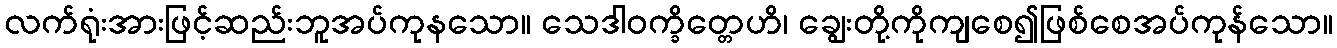
လက်ရုံးအားဖြင့်ဆည်းဘူအပ်ကုနသော။ သေဒါဝက္ခိတ္တေဟိ၊ ချွေးတို့ကိုကျစေ၍ဖြစ်စေအပ်ကုန်သော။